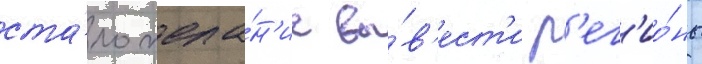
ста́ло жела́н'ие вы́в'ест'и р'ег'ио́ны